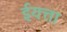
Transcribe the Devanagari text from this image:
ईयत्ता